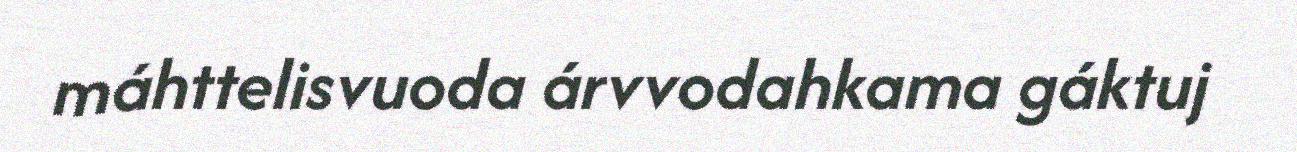
máhttelisvuoda árvvodahkama gáktuj